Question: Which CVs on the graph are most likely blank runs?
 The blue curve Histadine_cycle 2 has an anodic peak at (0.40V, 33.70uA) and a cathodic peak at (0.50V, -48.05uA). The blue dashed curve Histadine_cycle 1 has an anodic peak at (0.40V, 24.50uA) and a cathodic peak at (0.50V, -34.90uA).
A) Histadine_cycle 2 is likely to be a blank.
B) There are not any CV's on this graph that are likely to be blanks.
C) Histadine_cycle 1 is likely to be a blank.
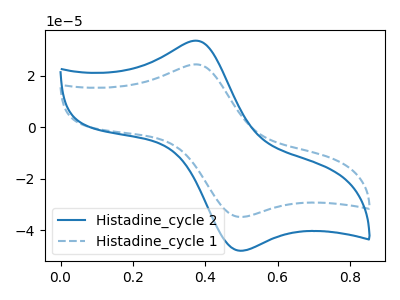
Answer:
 <answer>B) There are not any CV's on this graph that are likely to be blanks.</answer>
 <eval>B</eval>